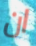
ان